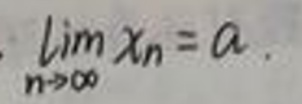
\[
\lim_{n \to \infty} x_n = a
\]